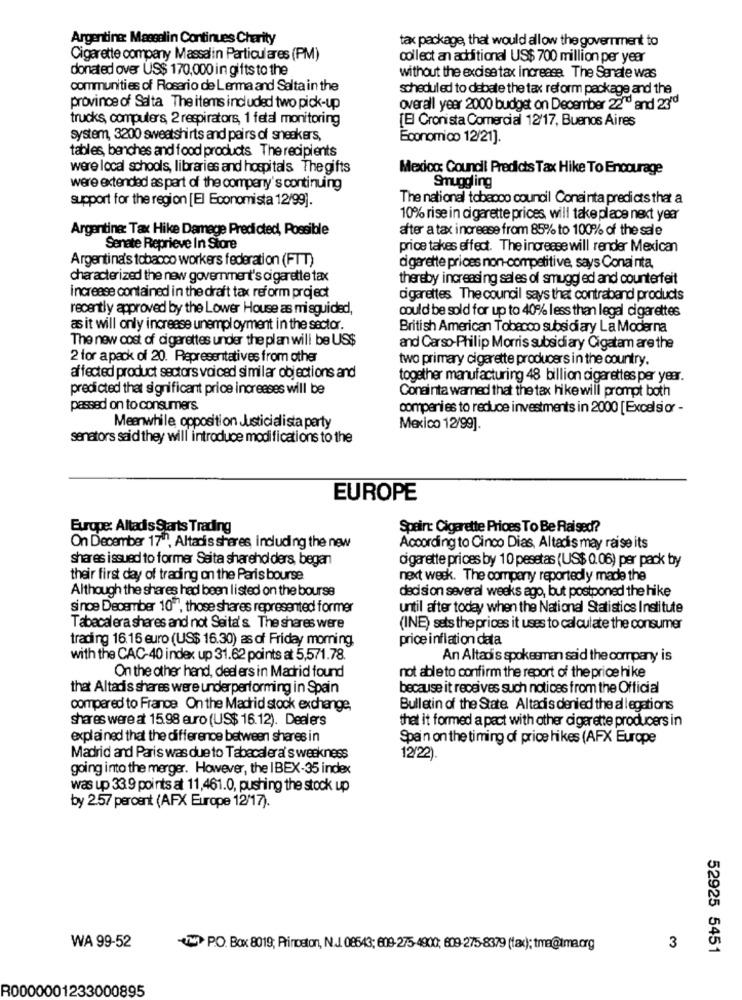
Argentina: Massalin Continues Charity
tax package, that would allow the government to
Cigarette company Massalin Particulares (PM)
collect an additional US$ 700 million per year
donated over US$ 170,000 in gifts to the
without the excise tax increase. The Senate was
communities of Rosario de Lerma and Salta in the
scheduled to debate the tax reform package and the
province of Salta The items included two pick-up
overall year 2000 budget on December 22"d and 23'd
trucks, computers 2 respirators, 1 fetal monitoring
[E] Cronista Comercial 12/17, Buenos Aires
system, 3200 sweatshirts and pairs of sneakers,
Economico 12/21].
tables, benches and food products The recipients
were local schools, libraries and hospitals Thegifts
Mexico: Council Predicts Tax Hike To Encourage
were extended as part of the company's continuing
Smuggling
support for the region [E] Economista 12/99].
The national tobacco council Conainta predicts that a
10% rise in cigarette prices, will take place next year
Argentine: Tax Hike Damege Predicted, Possible
after a tax increase from 85% to 100% of the sale
Senate Reprieve In Store
price takes effect. The increase will render Mexican
Argentina's tobacco workers federation (FTT)
cigarette prices non-competitive, says Conai nita
characterized the new government's cigarette tax
thereby increasing sales of smuggled and counterfeit
increase contained in the draft tax reform project
cigarettes The council says that contraband products
recently approved by the Lower House as misguided,
could be sold for up to 40% less than legal cigarettes
as it will only increase unemployment in the sector.
British American Tobacco subsidiary La Moderna
The new cost of cigarettes under the plan will be US$
and Carso-Philip Morris subsidiary Cigatam are the
2 for a pack of 20. Representatives from other
two primary cigarette producers in the country.
affected product sectors voiced similar objections and
together manufacturing 48 billion cigarettes per year.
predicted that significant price increases will be
Conainta warned that the tax hike will prompt both
passed on to consumers
companies to reduce investments in 2000 [Excelsior -
Meanwhile opposition Justicialista party
Mexico 12/99].
senators said they will introduce modifications to the
EUROPE
Europe: Altadis Starts Trading
Spain: Cigarette Prices To Be Raised?
On December 17"", Altadis shares including the new
According to Cinco Dias, Altadis may raise its
shares issued to former Seita shareholders, began
cigarette prices by 10 pesetas (US$ 0.06) per pack by
their first day of trading on the Paris bourse
next week. The company reportedly made the
Although the shares had been listed on the bourse
decision several weeks ago, but postponed the hike
since December 10", those shares represented former
until after today when the National Statistics Institute
Tabacalera shares and not Seita's. The shares were
(INE) sets the prices it uses to calculate the consumer
trading 16.16 euro (US$ 16.30) as of Friday morning
price inflation data
with the CAC-40 index up 31.62 points at 5,571.78.
An Altadis spokesman said the company is
On the other hand, dealers in Madrid found
not able to confirm the report of the price hike
that Altadis shares were underperforming in Spain
because it receives such notices from the Official
compared to France On the Madrid stock exchange,
Bulletin of the State. Altadis denied the allegations
shares were at 15.98 euro (US$ 16.12). Dealers
thet it formed a pact with other cigarette producers in
explained that the difference between shares in
Spain on the timing of price hikes (AFX Europe
Madrid and Paris was due to Tabacalera's weakness
12/22).
going into the merger. However, the IBEX-35 index
was up 33.9 points at 11,461.0, pushing the stock up
by 2.57 percent (AFX Europe 12/17).
WA 99-52
-W PO. Box 8019; Princeton, N.J. 08543; 609-275-4900; 609-275-8379 (tax); tma@tma.org
3
52925 5451
R0000001233000895